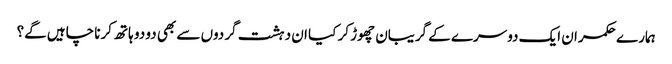
ہمارے حکمران ایک دوسرے کے گریبان چھوڑ کر کیا ان دہشت گردوں سے بھی دو دو ہاتھ کرنا چاہیں گے؟